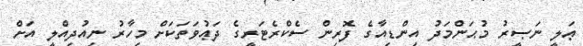
ޢަލީ ނަޞީރު މުޙަންމަދު އިންޑިއާގެ ފޮރިން ސެކްރެޓަރީގެ ދަޢުވަތަކަށް މިހާރު ނިއުދިއްލީ އަށް